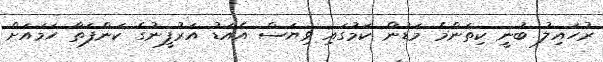
ރުހައިލު ބުނީ ކިތަންމެ މަޑުން ކަމުގައި ވިޔަސް އެއަޑު އަރުފީނުގެ ކަންފަތާ ހަމައަށް